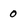
Character: 0